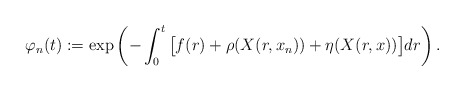
\begin{align*}\varphi_n(t):=\exp\left(-\int_0^t \big[f(r)+\rho(X(r,x_n))+\eta(X(r,x))\big]dr \right).\end{align*}